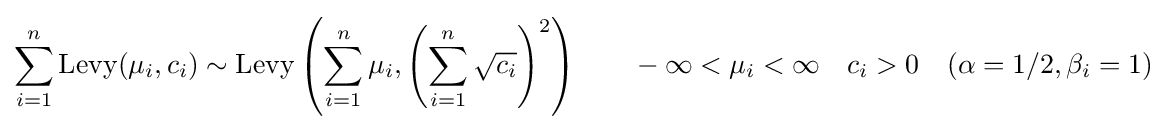
\sum _{i=1}^{n}\operatorname {Levy} (\mu _{i},c_{i})\sim \operatorname {Levy} \left(\sum _{i=1}^{n}\mu _{i},\left(\sum _{i=1}^{n}{\sqrt {c_{i}}}\right)^{2}\right)\qquad -\infty <\mu _{i}<\infty \quad c_{i}>0\quad (\alpha =1/2,\beta _{i}=1)